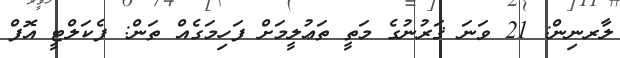
ލާރނިން: 21 ވަނަ ޤަރުނުގެ މަތީ ތަޢުލީމަށް ފަހިމަގެއް ތަން: ފެކަލްޓީ އޮފް